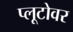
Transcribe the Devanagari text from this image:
प्लूटोवर